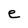
Character: e